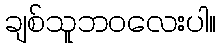
ချစ်သူဘဝလေးပါ။